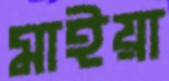
মাইয়া